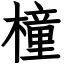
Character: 橦